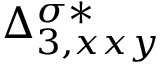
{ \Delta } _ { 3 , x x y } ^ { \sigma * }